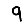
Digit: 9